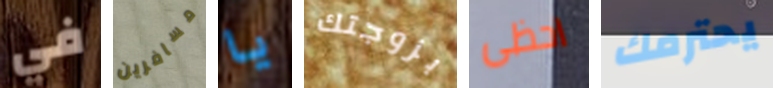
في مسافرين يا بزوجتك احظى يحترمك